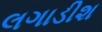
લગાડીશ